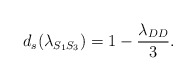
\begin{align*} d_s (\lambda_{S_1S_3})& = 1 - \frac{\lambda_{DD}}{3}. \end{align*}